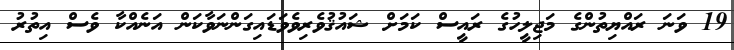
19 ވަނަ ރައްޔިތުންގެ މަޖިލީހުގެ ރައީސް ކަމަށް ޝައުޤުވެރިވެވަޑައިގަންނަވާކަން އަނެއްކާ ވެސް އިތުރު